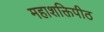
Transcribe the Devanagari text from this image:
महाशक्तिपीठ